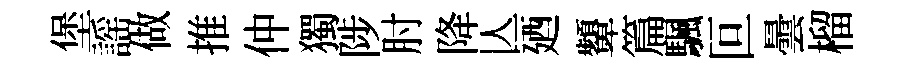
堡謡做推仲獨陟肘降亾廼顰篇颿叵曇榴